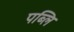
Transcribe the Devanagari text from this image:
पब्लि